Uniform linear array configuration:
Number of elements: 64
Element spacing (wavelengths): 0.25
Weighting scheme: binomial
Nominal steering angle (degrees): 15
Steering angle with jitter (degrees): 14.507
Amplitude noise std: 0.05
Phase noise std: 0.05

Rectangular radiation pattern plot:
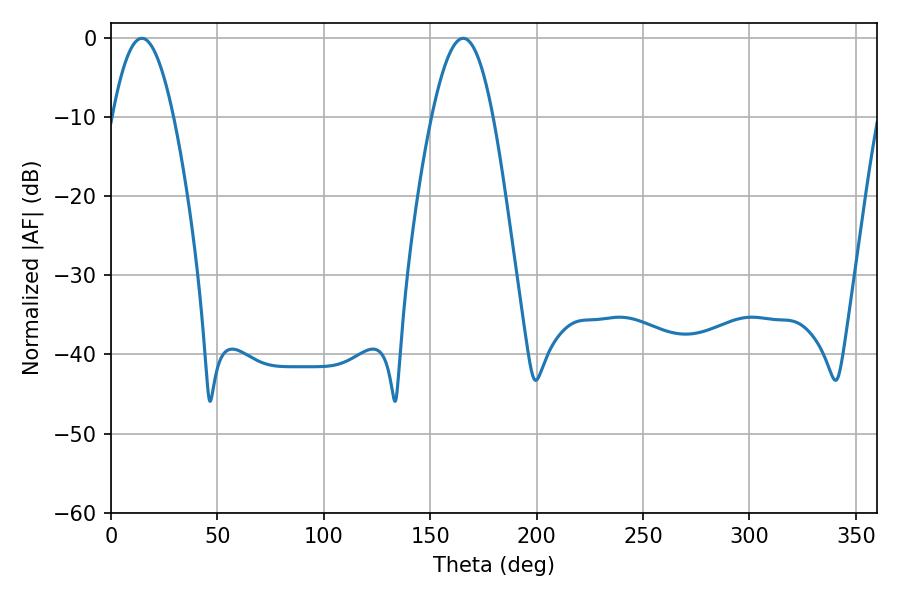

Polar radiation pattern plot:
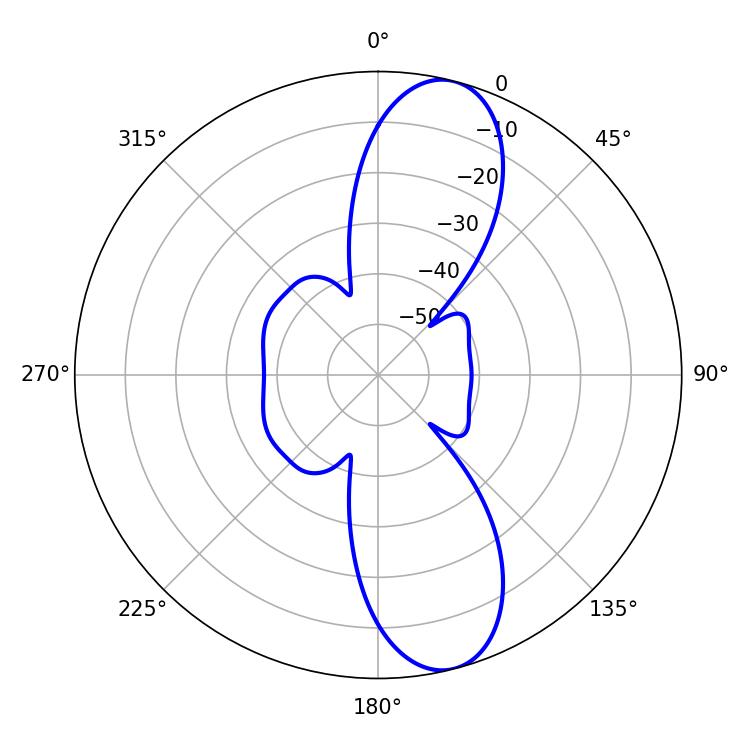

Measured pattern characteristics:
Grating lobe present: FALSE
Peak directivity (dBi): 11.283
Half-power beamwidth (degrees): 15.66
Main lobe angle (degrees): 14.58